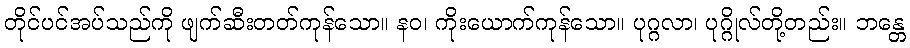
တိုင်ပင်အပ်သည်ကို ဖျက်ဆီးတတ်ကုန်သော။ နဝ၊ ကိုးယောက်ကုန်သော။ ပုဂ္ဂလာ၊ ပုဂ္ဂိုလ်တို့တည်း။ ဘန္တေ